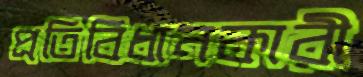
প্রতিবিধানকারী